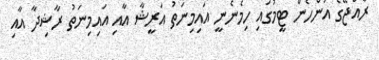
ރާއްޖޭގެ އަންހެން ޓީމުގައި ހިމެނެނީ އައިމިނަތު އަރީޝާ އާއި އައިމިނަތު ރާޝިދާ އާއި